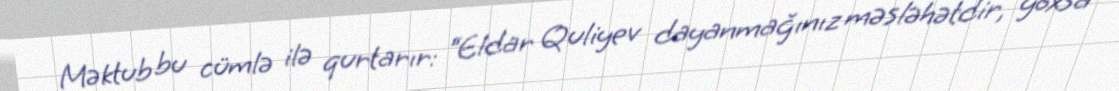
Məktub bu cümlə ilə qurtarır: “Eldar Quliyev dayanmağınız məsləhətdir, yoxsa